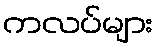
ကလပ်များ